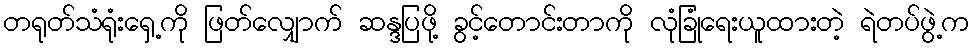
တရုတ်သံရုံးရှေ့ကို ဖြတ်လျှောက် ဆန္ဒပြဖို့ ခွင့်တောင်းတာကို လုံခြုံရေးယူထားတဲ့ ရဲတပ်ဖွဲ့က